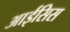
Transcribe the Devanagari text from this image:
आईसिस